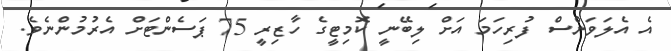
އެ އެލަވަންސް ފުރިހަމަ އަށް ލިބޭނީ ކޮމިޓީގެ ހާޒިރީ 75 ޕަސެންޓަށް އެރުމުންނެވެ.